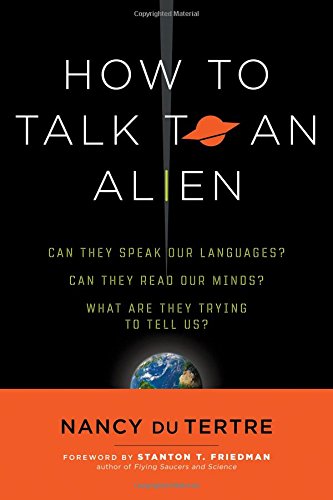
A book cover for How to Talk to an Alien; Nancy du Tertre; Science & Math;